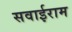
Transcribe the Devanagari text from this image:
सवाईराम